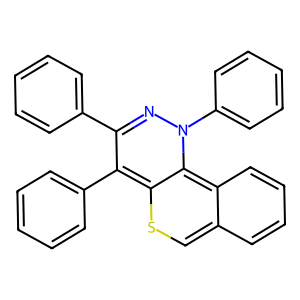
SMILES: C1=c2ccccc2=C2C(=C(c3ccccc3)C(c3ccccc3)=NN2c2ccccc2)S1
Inhibits HIV replication: No